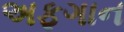
અફગાન